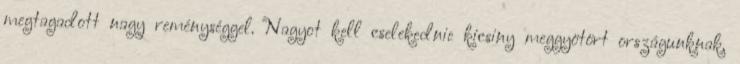
megtagadott nagy reménységgel. Nagyot kell cselekednie kicsiny meggyötört országunknak,